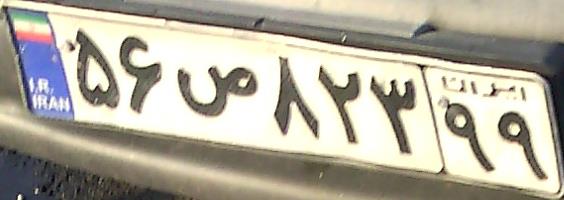
۵۶ص۸۲۳۹۹